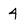
Character: 4